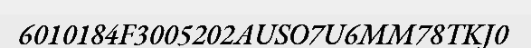
6010184F3005202AUSO7U6MM78TKJ0